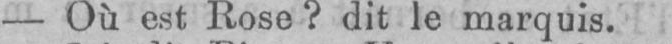
- Où est Rose? dit le marquis.